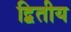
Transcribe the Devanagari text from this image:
द्बितीय